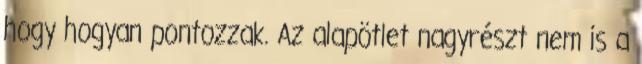
hogy hogyan pontozzak. Az alapötlet nagyrészt nem is a